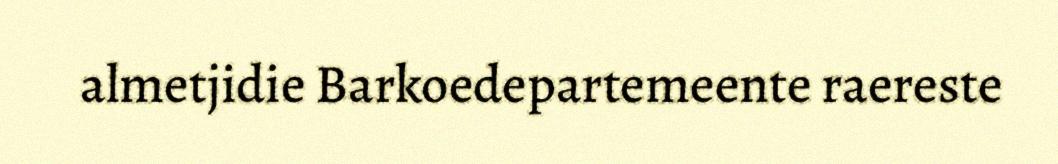
almetjidie Barkoedepartemeente raereste